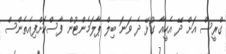
ގްރީސް އަށް ދޭ އެހީއާ ގުޅޭ ދެ ވަނަ ބިލް ޕާލަމެންޓުން ފާސްކޮށްފިއެތެންސް